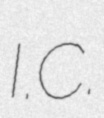
I.C.